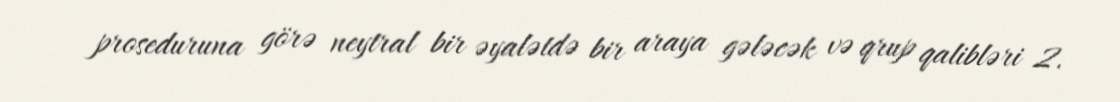
proseduruna görə neytral bir əyalətdə bir araya gələcək və qrup qalibləri 2.